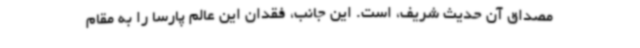
مصداق آن حدیث شریف، است. این جانب، فقدان این عالم پارسا را به مقام